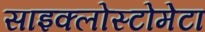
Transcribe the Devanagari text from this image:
साइक्लोस्टोमेटा